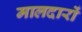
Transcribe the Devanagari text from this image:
मालदारों